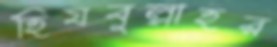
হিযবুল্লাহর